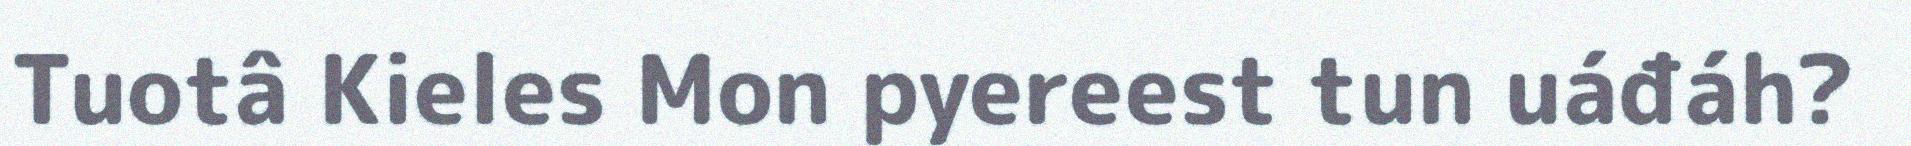
Tuotâ Kieles Mon pyereest tun uáđáh?